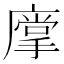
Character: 𱝋